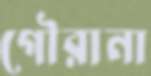
গৌরানা